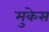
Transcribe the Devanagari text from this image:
मुकेस